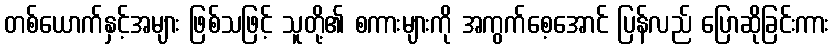
တစ်ယောက်နှင့်အများ ဖြစ်သဖြင့် သူတို့၏ စကားများကို အကွက်စေ့အောင် ပြန်လည် ပြောဆိုခြင်းကား